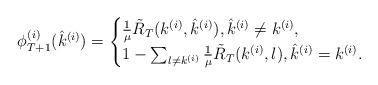
LaTeX: \begin{align*}\phi_{T+1}^{(i)}(\hat{k}^{(i)}) = \begin{cases}\frac{1}{\mu}\tilde{R}_T(k^{(i)},\hat{k}^{(i)}), \hat{k}^{(i)} \neq k^{(i)}, \\1- \sum_{l\neq k^{(i)}}\frac{1}{\mu}\tilde{R}_T(k^{(i)},l), \hat{k}^{(i)} = k^{(i)}.\end{cases}\end{align*}